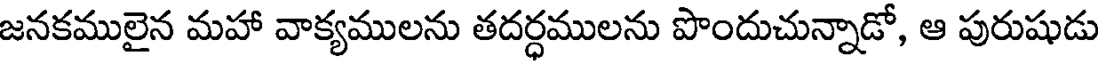
జనకములైన మహా వాక్యములను తదర్ధములను పొందుచున్నాడో, ఆ పురుషుడు